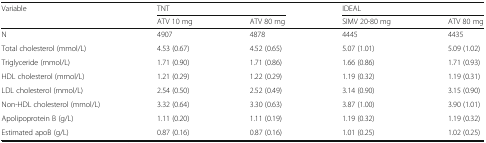
<table><thead><tr><td rowspan="2"><b>Variable</b></td><td colspan="2"><b>TNT</b></td><td colspan="2"><b>IDEAL</b></td></tr><tr><td><b>ATV 10 mg</b></td><td><b>ATV 80 mg</b></td><td><b>SIMV 20-80 mg</b></td><td><b>ATV 80 mg</b></td></tr></thead><tbody><tr><td>N</td><td>4907</td><td>4878</td><td>4445</td><td>4435</td></tr><tr><td>Total cholesterol (mmol/L)</td><td>4.53 (0.67)</td><td>4.52 (0.65)</td><td>5.07 (1.01)</td><td>5.09 (1.02)</td></tr><tr><td>Triglyceride (mmol/L)</td><td>1.71 (0.90)</td><td>1.71 (0.86)</td><td>1.66 (0.86)</td><td>1.71 (0.93)</td></tr><tr><td>HDL cholesterol (mmol/L)</td><td>1.21 (0.29)</td><td>1.22 (0.29)</td><td>1.19 (0.32)</td><td>1.19 (0.31)</td></tr><tr><td>LDL cholesterol (mmol/L)</td><td>2.54 (0.50)</td><td>2.52 (0.49)</td><td>3.14 (0.90)</td><td>3.15 (0.90)</td></tr><tr><td>Non-HDL cholesterol (mmol/L)</td><td>3.32 (0.64)</td><td>3.30 (0.63)</td><td>3.87 (1.00)</td><td>3.90 (1.01)</td></tr><tr><td>Apolipoprotein B (g/L)</td><td>1.11 (0.20)</td><td>1.11 (0.19)</td><td>1.19 (0.32)</td><td>1.19 (0.32)</td></tr><tr><td>Estimated apoB (g/L)</td><td>0.87 (0.16)</td><td>0.87 (0.16)</td><td>1.01 (0.25)</td><td>1.02 (0.25)</td></tr></tbody></table>